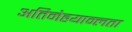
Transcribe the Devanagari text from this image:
अतिमेहयाम्लता